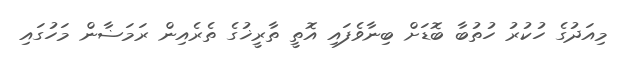
މިއަދުގެ ހުކުރު ހުތުބާ ބޮޑަށް ބިނާވެފައި އޮތީ ތާރީޚުގެ ތެރެއިން ރަމަޟާން މަހުގައި